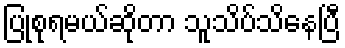
ပြုစုရမယ်ဆိုတာ သူသိပ်သိနေပြီ